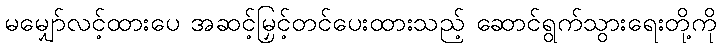
မမျှော်လင့်ထားပေ အဆင့်မြှင့်တင်ပေးထားသည့် ဆောင်ရွက်သွားရေးတို့ကို